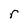
Character: r